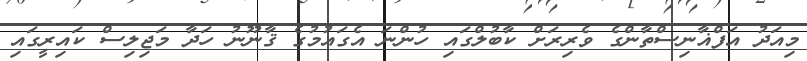
މިއަދު އަފްޣާނިސްތާންގެ ވެރިރަށް ކާބުލްގައި ހުންނަ އެގައުމުގެ ޤާނޫނު ހަދާ މަޖިލިސް ކައިރީގައި